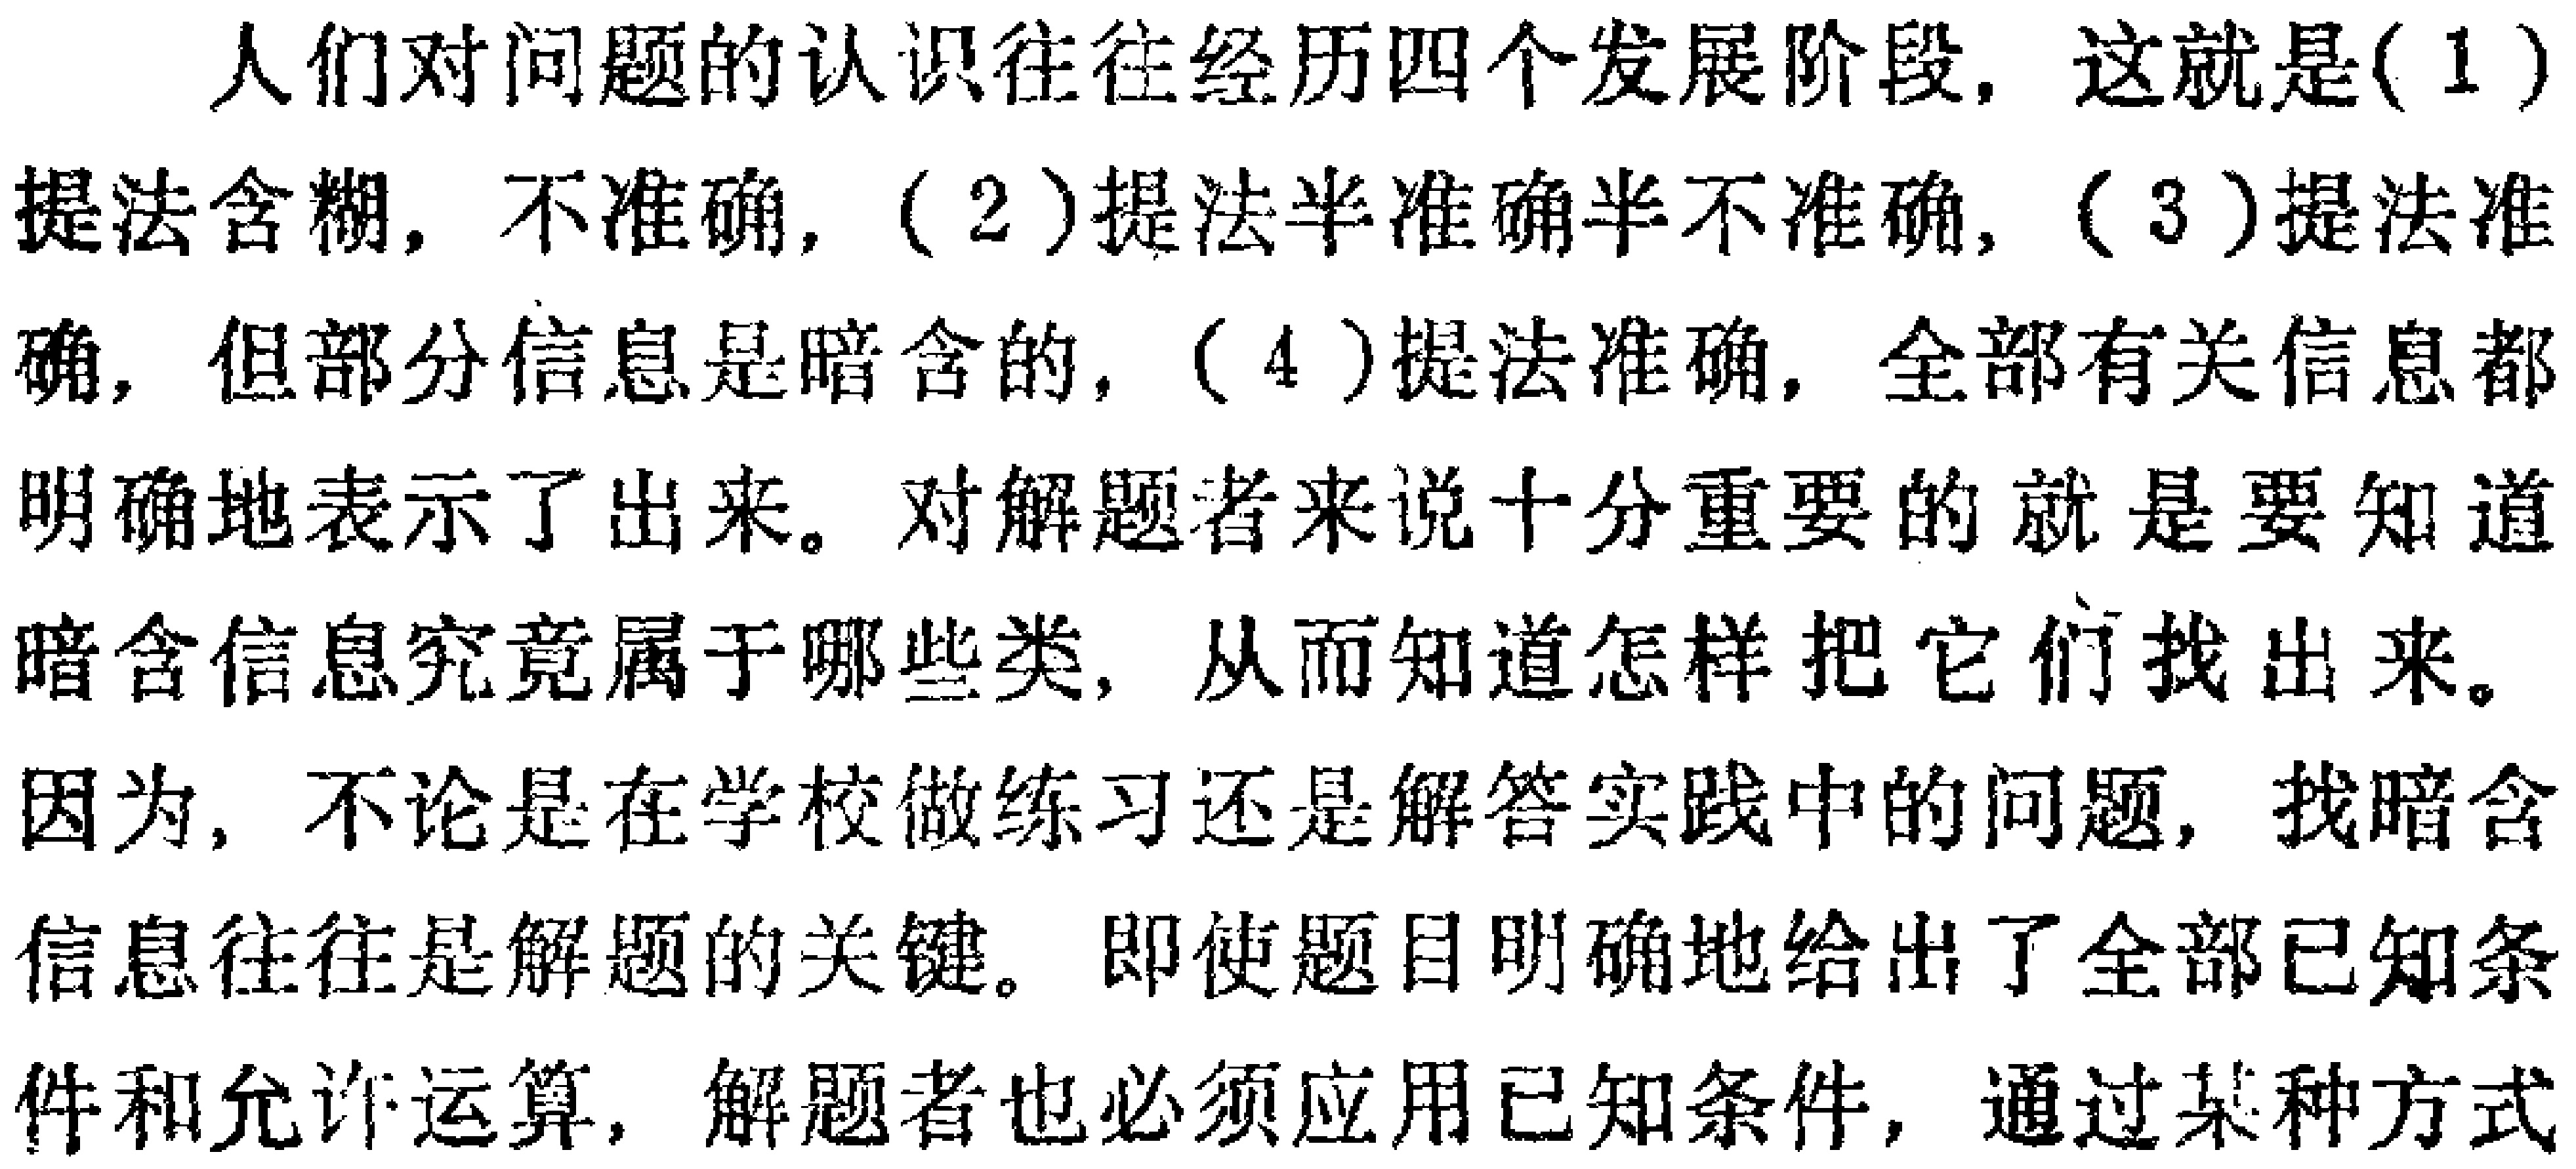
人们对问题的认识往往经历四个发展阶段，这就是(1)提法含糊，不准确，(2)提法半准确半不准确，(3)提法准确，但部分信息是暗含的，(4)提法准确，全部有关信息都明确地表示了出来。对解题者来说十分重要的就是要知道暗含信息究竟属于哪些类，从而知道怎样把它们找出来。因为，不论是在学校做练习还是解答实践中的问题，找暗含信息往往是解题的关键。即使题目明确地给出了全部已知条件和允许运算，解题者也必须应用已知条件，通过某种方式